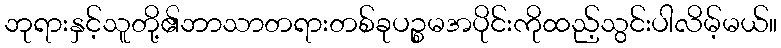
ဘုရားနှင့်သူတို့၏ဘာသာတရားတစ်ခုပဉ္စမအပိုင်းကိုထည့်သွင်းပါလိမ့်မယ်။